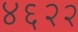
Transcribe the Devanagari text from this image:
४६२२